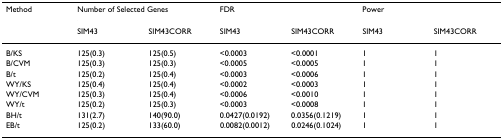
| Method | <COLSPAN=2> Number of Selected Genes | <COLSPAN=2> FDR | <COLSPAN=2> Power |
 |  | SIM43 | SIM43CORR | SIM43 | SIM43CORR | SIM43 | SIM43CORR |
 | --- | --- | --- | --- | --- | --- | --- |
 | B/KS | 125(0.3) | 125(0.5) | <0.0003 | <0.0001 | 1 | 1 |
 | B/CVM | 125(0.3) | 125(0.3) | <0.0005 | <0.0005 | 1 | 1 |
 | B/t | 125(0.2) | 125(0.4) | <0.0003 | <0.0006 | 1 | 1 |
 | WY/KS | 125(0.4) | 125(0.4) | <0.0002 | <0.0003 | 1 | 1 |
 | WY/CVM | 125(0.3) | 125(0.4) | <0.0006 | <0.0010 | 1 | 1 |
 | WY/t | 125(0.2) | 125(0.3) | <0.0003 | <0.0008 | 1 | 1 |
 | BH/t | 131(2.7) | 140(90.0) | 0.0427(0.0192) | 0.0356(0.1219) | 1 | 1 |
 | EB/t | 125(0.2) | 133(60.0) | 0.0082(0.0012) | 0.0246(0.1024) | 1 | 1 |